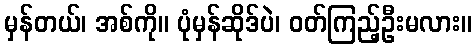
မှန်တယ်၊ အစ်ကို။ ပုံမှန်ဆိုဒ်ပဲ၊ ဝတ်ကြည့်ဦးမလား။